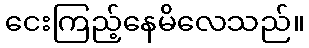
ငေးကြည့်နေမိလေသည်။